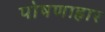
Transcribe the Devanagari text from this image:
पोषणाहार